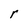
Character: r